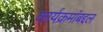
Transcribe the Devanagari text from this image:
कार्यक्रमांबद्दल